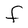
Character: F